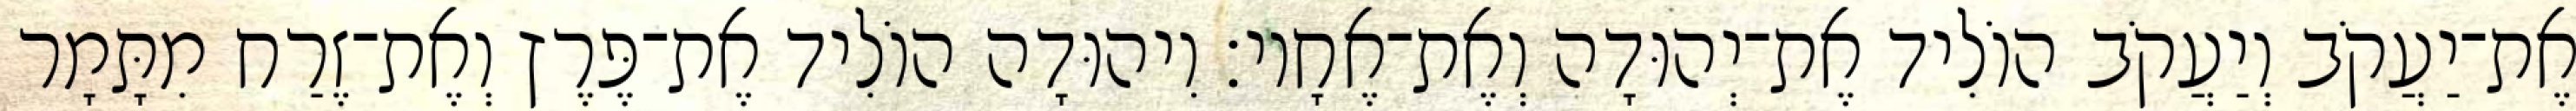
אֶת־יַעֲקֹב וְיַעֲקֹב הוֹלִיד אֶת־יְהוּדָה וְאֶת־אֶחָיו׃ וִיהוּדָה הוֹלִיד אֶת־פֶּרֶץ וְאֶת־זֶרַח מִתָּמָר